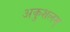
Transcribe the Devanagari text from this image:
अकुशलम्